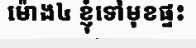
ម៉ោង៤ ខ្ញុំទៅមុខផ្ទះ